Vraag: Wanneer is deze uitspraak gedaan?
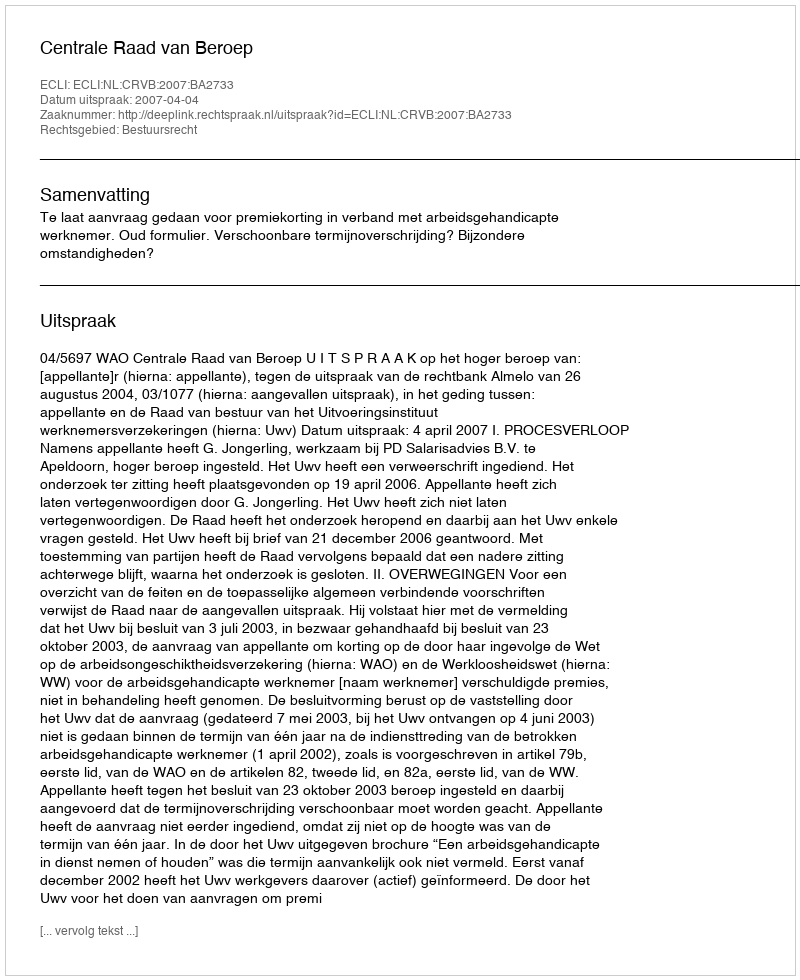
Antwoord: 2007-04-04